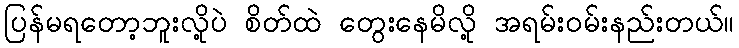
ပြန်မရတော့ဘူးလို့ပဲ စိတ်ထဲ တွေးနေမိလို့ အရမ်းဝမ်းနည်းတယ်။